Lunatic asylums United Provinces 1909-1921 - 1909-1921
Year: 1909
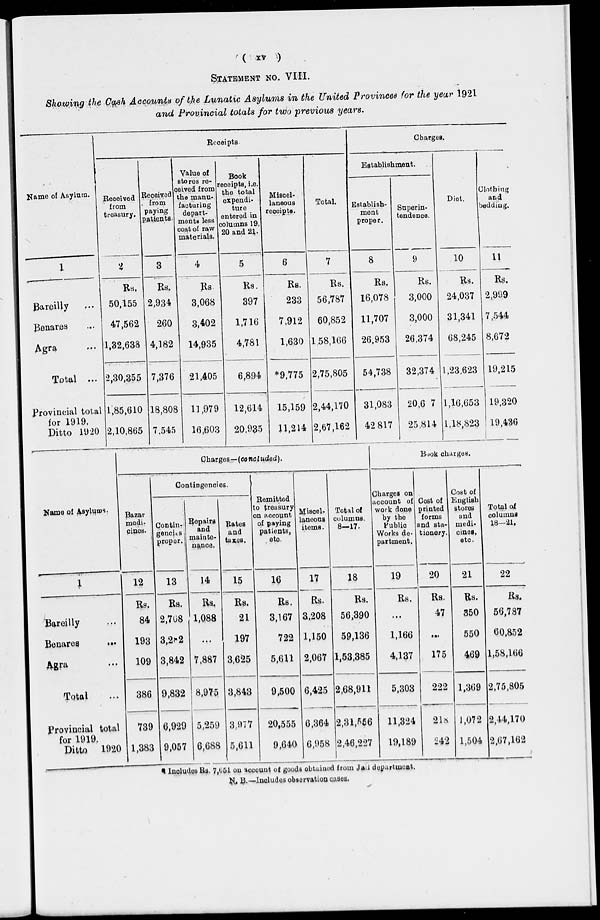
( xv )
STATEMENT NO. VIII.
Showing the Cash Accounts of the Lunatic Asylums in the United Provinces for the year 1921
and Provincial totals for two previous years.
Name of Asylum.
1
Bareilly ...
Banares ...
Agra ...
Total ...
Provincial total
for 1919.
Ditto 1920
Receipts
Received
from
treasury.
2
Rs.
50,155
47,562
1,32,638
2,30,355
1,85,610
2,10,865
Received
from
paying
patients
3
Rs.
2,934
260
4,182
7,376
18,808
7,545
Value of
stores re-
ceived from
the manu-
facturing
depart-
ments less
cost of raw
materials.
4
Rs.
3,068
3,402
14,935
21,405
11,979
16,603
Book
receipts, i.e.
the total
expendi-
ture
entered in
columns 19,
20 and 21.
5
Rs.
397
1,716
4,781
6,894
12,614
20,935
Miscel-
laneous
receipts.
6
Rs.
233
7,912
1,630
*9,775
15,159
11,214
Total.
7
Rs.
56,787
60,852
158,166
2,75,805
2,44,170
2,67,162
Charges.
Establishment.
Establish-
ment
proper.
8
Rs.
16,078
11,707
26,953
54,738
31,083
42 817
Superin-
tendence.
9
Rs.
3,000
3,000
26,374
32,374
20,6 7
25,814
Diet.
10
Rs.
24,037
31,341
68,245
1,23,623
1,16,653
1,18,823
Clothing
and
bedding.
11
Rs.
2,999
7,544
8,672
19,215
19,320
19,436
Name of Asylums
1
Bareilly ...
Benares ...
Agra ...
Total ...
Provincial total
for 1919.
Ditto 1920
Charges—(concluded).
Bazar
medi-
cines.
12
Rs.
84
193
109
386
739
1,383
Contingencies.
Contin-
gencies
proper.
13
Rs.
2,708
3,282
3,842
9,832
6,929
9,057
Repairs
and
mainte-
nance.
14
Rs.
1,088
...
7,887
8,975
5,259
6,688
Rates
and
taxes.
15
Rs.
21
197
3,625
3,843
3,977
5,611
Remitted
to treasury
on account
of paying
patients,
etc.
16
Rs.
3,167
722
5,611
9,500
20,555
9,640
Miscel-
laneous
items.
17
Rs.
3,208
1,150
2,067
6,425
6,364
6,958
Total of
columns.
8—17.
18
Rs.
56,390
59,136
1,53,385
2,68,911
2,31,556
2,46,227
Book charges.
Charges on
account of
work done
by the
Public
Works de-
partment.
19
Rs.
...
1,166
4,137
5,303
11,324
19,189
Cost of
printed
forms
and sta-
tionery.
20
Rs.
47
...
175
222
218
242
Cost of
English
stores
and
medi-
cines,
etc.
21
Rs.
350
550
469
1,369
1,072
1,504
Total of
columns
18—21.
22
Rs.
56,787
60,852
1,58,166
2,75,805
2,44,170
2,67,162
* Includes Rs. 7,651 on account of goods obtained from Jail department.
N. B.—Includes observation cases.